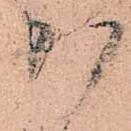
少